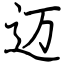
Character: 迈